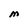
Character: M